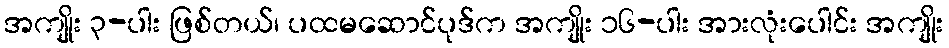
အကျိုး ၃-ပါး ဖြစ်တယ်၊ ပထမဆောင်ပုဒ်က အကျိုး ၁၆-ပါး အားလုံးပေါင်း အကျိုး